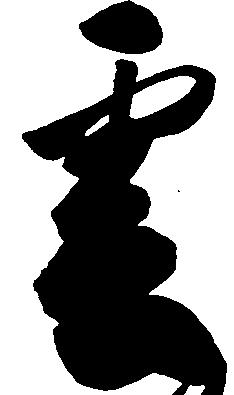
雲